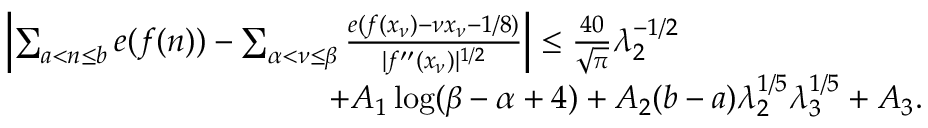
\begin{array} { r l } & { \left| \sum _ { a < n \le b } e ( f ( n ) ) - \sum _ { \alpha < \nu \le \beta } \frac { e ( f ( x _ { \nu } ) - \nu x _ { \nu } - 1 / 8 ) } { | f ^ { \prime \prime } ( x _ { \nu } ) | ^ { 1 / 2 } } \right| \le \frac { 4 0 } { \sqrt { \pi } } \lambda _ { 2 } ^ { - 1 / 2 } } \\ & { \qquad \qquad \qquad \qquad \qquad + A _ { 1 } \log ( \beta - \alpha + 4 ) + A _ { 2 } ( b - a ) \lambda _ { 2 } ^ { 1 / 5 } \lambda _ { 3 } ^ { 1 / 5 } + A _ { 3 } . } \end{array}